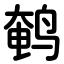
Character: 鹌